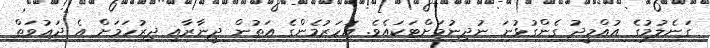
ގަނެލުމުގެ އުއްމީދު ގެންގުޅުނަ ނުދިނުމަށްޓަކައެވެ. އަހަރުމެންގެ އަތުން ދީނާރާއި ދިރުހަމަށް އެ ދަޢުވަތް